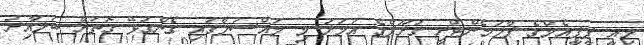
މިއީ ޕީޕީއެމްގެ ޕާލަމެންޓްރީ ގުރޫޕްގެ އަމަލު މި މައްސަލާގައި ގެންގުޅޭ ގޮތަށް ބަލާއިރު